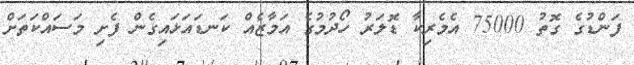
ފަންޑުގެ ގޮތު 75000 އެމެރިކާ ޑޮލަރު ހޯދުމުގެ އަމާޒެއް ކަނޑައަޅައިގެން ފެށި މަސައްކަތަށް